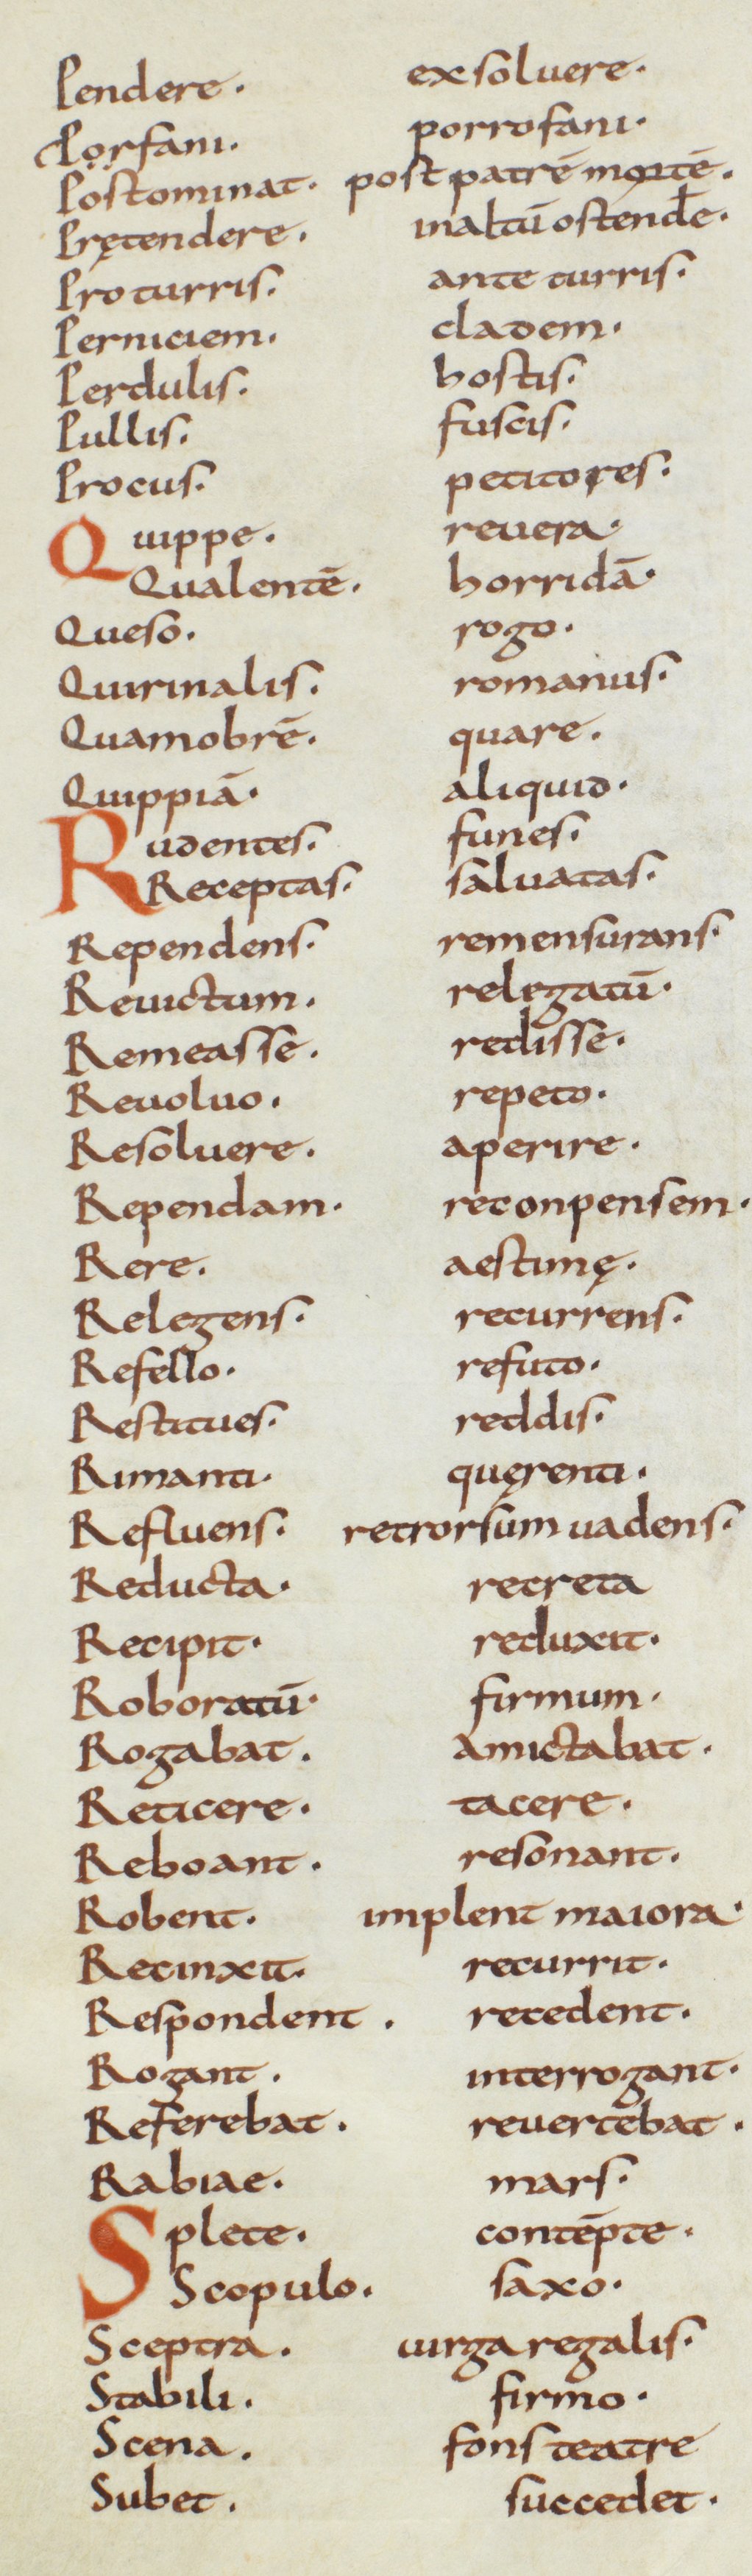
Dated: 850–915